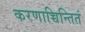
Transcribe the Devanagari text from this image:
करणाच्चिन्तितं